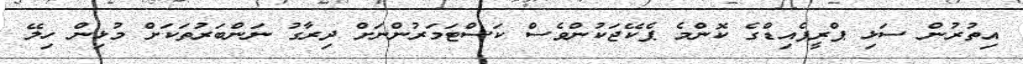
އިތުރުން ސަޅި ޕްރީޕެއިޑްގެ ކޮންމެ ޕެކޭޖަކުންވެސް ކަސްޓަމަރުންނަށް ދިރާގު ނަންބަރުތަކަށް މުޅިން ހިލޭ